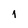
Character: 1